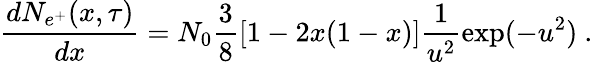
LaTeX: \frac{dN_{e^{+}}(x,\tau)}{dx}=N_{0}\frac{3}{8}\left[1-2x(1-x)\right]\frac{1}{u^{2}}\exp(-u^{2})\ .